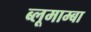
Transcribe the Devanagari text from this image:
ब्लूमाम्बा